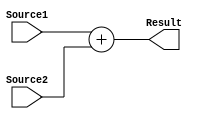
`timescale 1ns / 1ps

module Add(Source1, Source2, Result);

	input [15:0] Source1, Source2;
	output [15:0] Result;
	
	assign Result=Source1+Source2;

endmodule